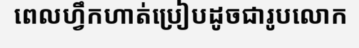
ពេលហ្វឹកហាត់ប្រៀបដូចជារូបលោក